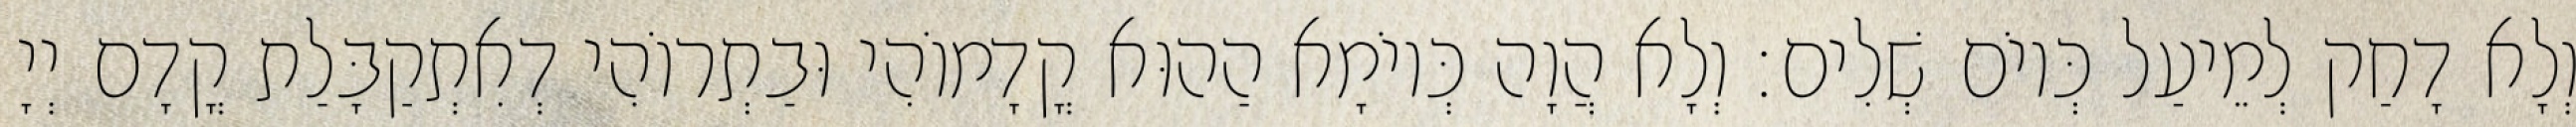
וְלָא דָחַק לְמֵיעַל כְּיוֹם שְׁלִים׃ וְלָא הֲוָה כְּיוֹמָא הַהוּא קֳדָמוֹהִי וּבַתְרוֹהִי דְאִתְקַבָּלַת קֳדָם יְיָ